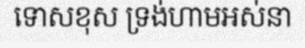
ទោសខុស ទ្រង់ហាមអស់នា